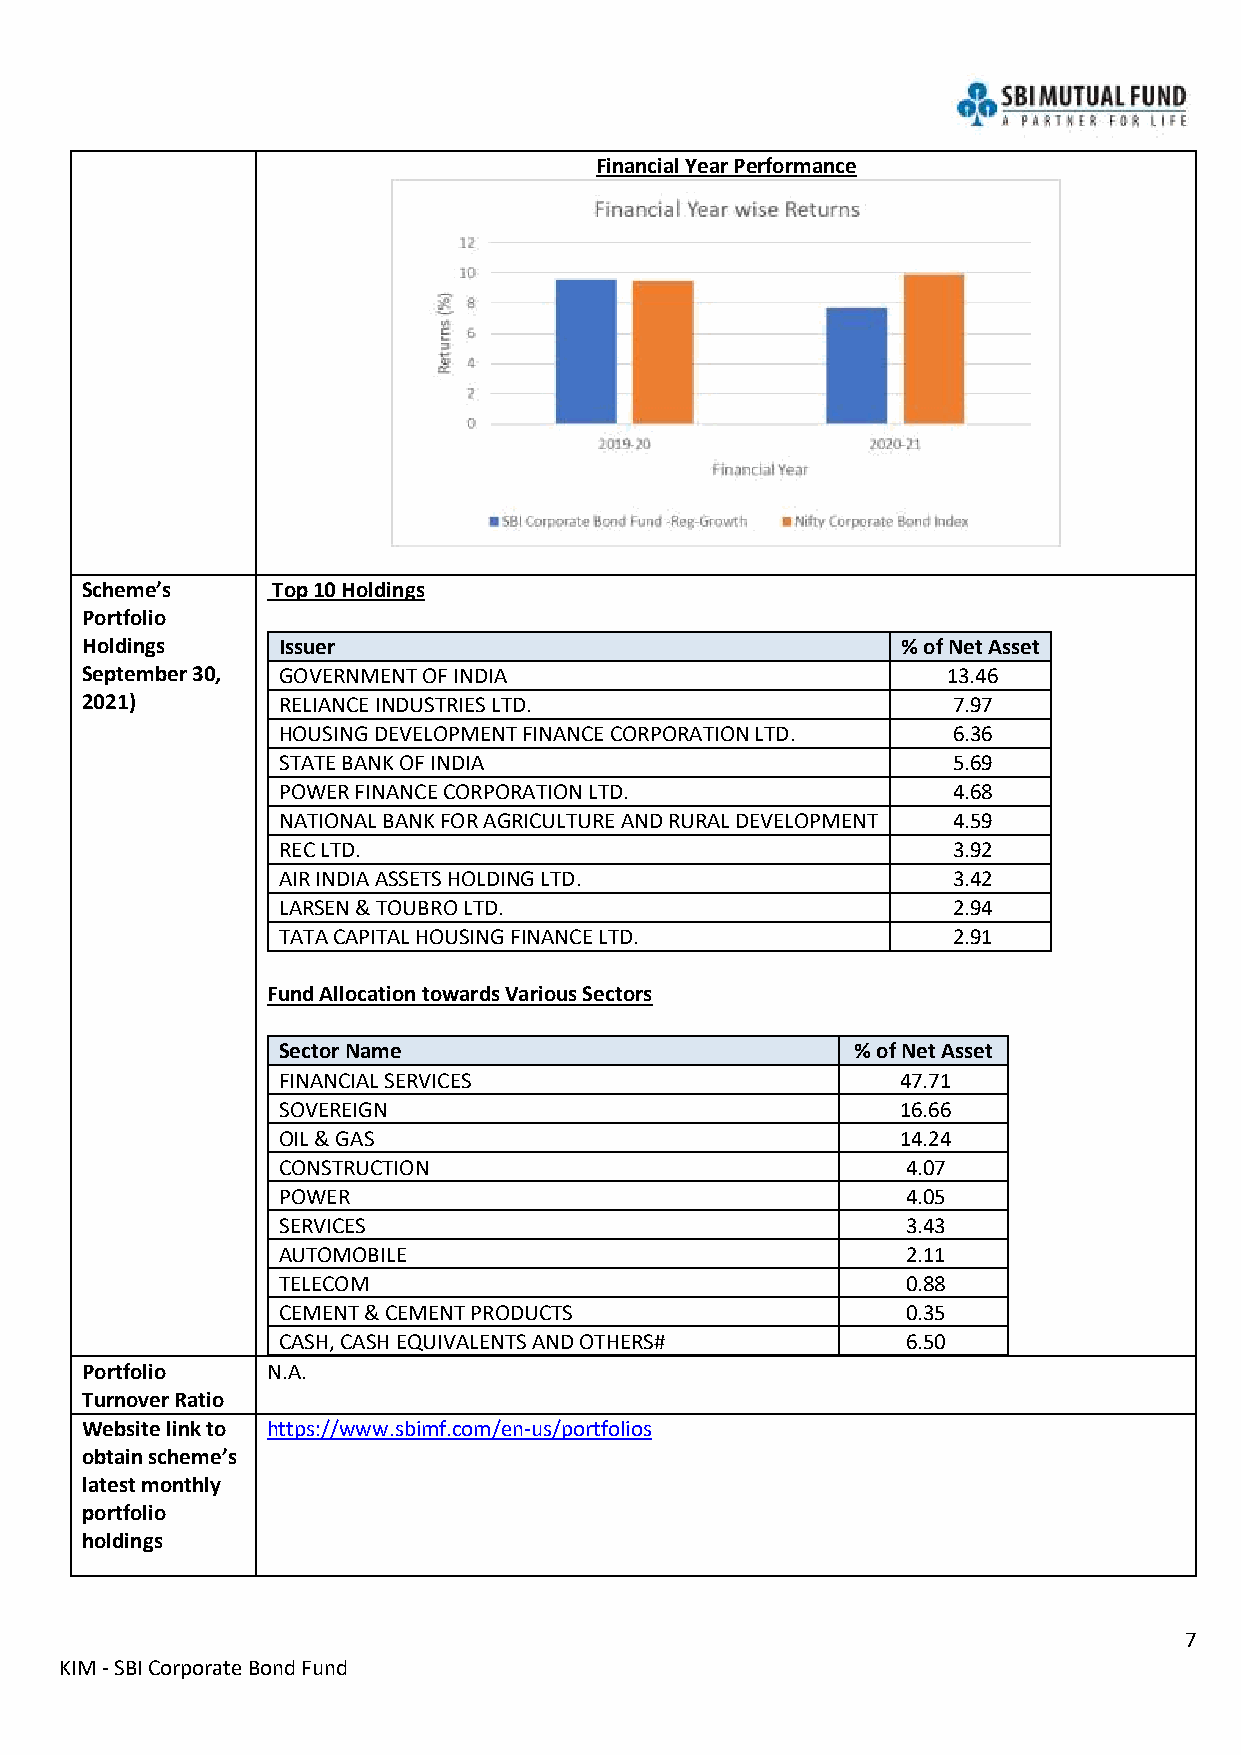
Financial Year Performance
 Scheme’s     Top 10 Holdings
 Portfolio
 Holdings     Issuer                                    % of Net Asset
 September 30, GOVERNMENT OF INDIA                         13.46
 2021)        RELIANCE INDUSTRIES LTD.                     7.97
 HOUSING DEVELOPMENT FINANCE CORPORATION LTD. 6.36
 STATE BANK OF INDIA                          5.69
 POWER FINANCE CORPORATION LTD.               4.68
 NATIONAL BANK FOR AGRICULTURE AND RURAL DEVELOPMENT 4.59
 REC LTD.                                     3.92
 AIR INDIA ASSETS HOLDING LTD.                3.42
 LARSEN & TOUBRO LTD.                         2.94
 TATA CAPITAL HOUSING FINANCE LTD.            2.91
 Fund Allocation towards Various Sectors
 Sector Name                            % of Net Asset
 FINANCIAL SERVICES                        47.71
 SOVEREIGN                                 16.66
 OIL & GAS                                 14.24
 CONSTRUCTION                              4.07
 POWER                                     4.05
 SERVICES                                  3.43
 AUTOMOBILE                                2.11
 TELECOM                                   0.88
 CEMENT & CEMENT PRODUCTS                  0.35
 CASH, CASH EQUIVALENTS AND OTHERS#        6.50
 Portfolio    N.A.
 Turnover Ratio
 Website link to https://www.sbimf.com/en-us/portfolios
 obtain scheme’s
 latest monthly
 portfolio
 holdings
 7
 KIM - SBI Corporate Bond Fund